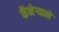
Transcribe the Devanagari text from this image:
कॅमेऱ्याने